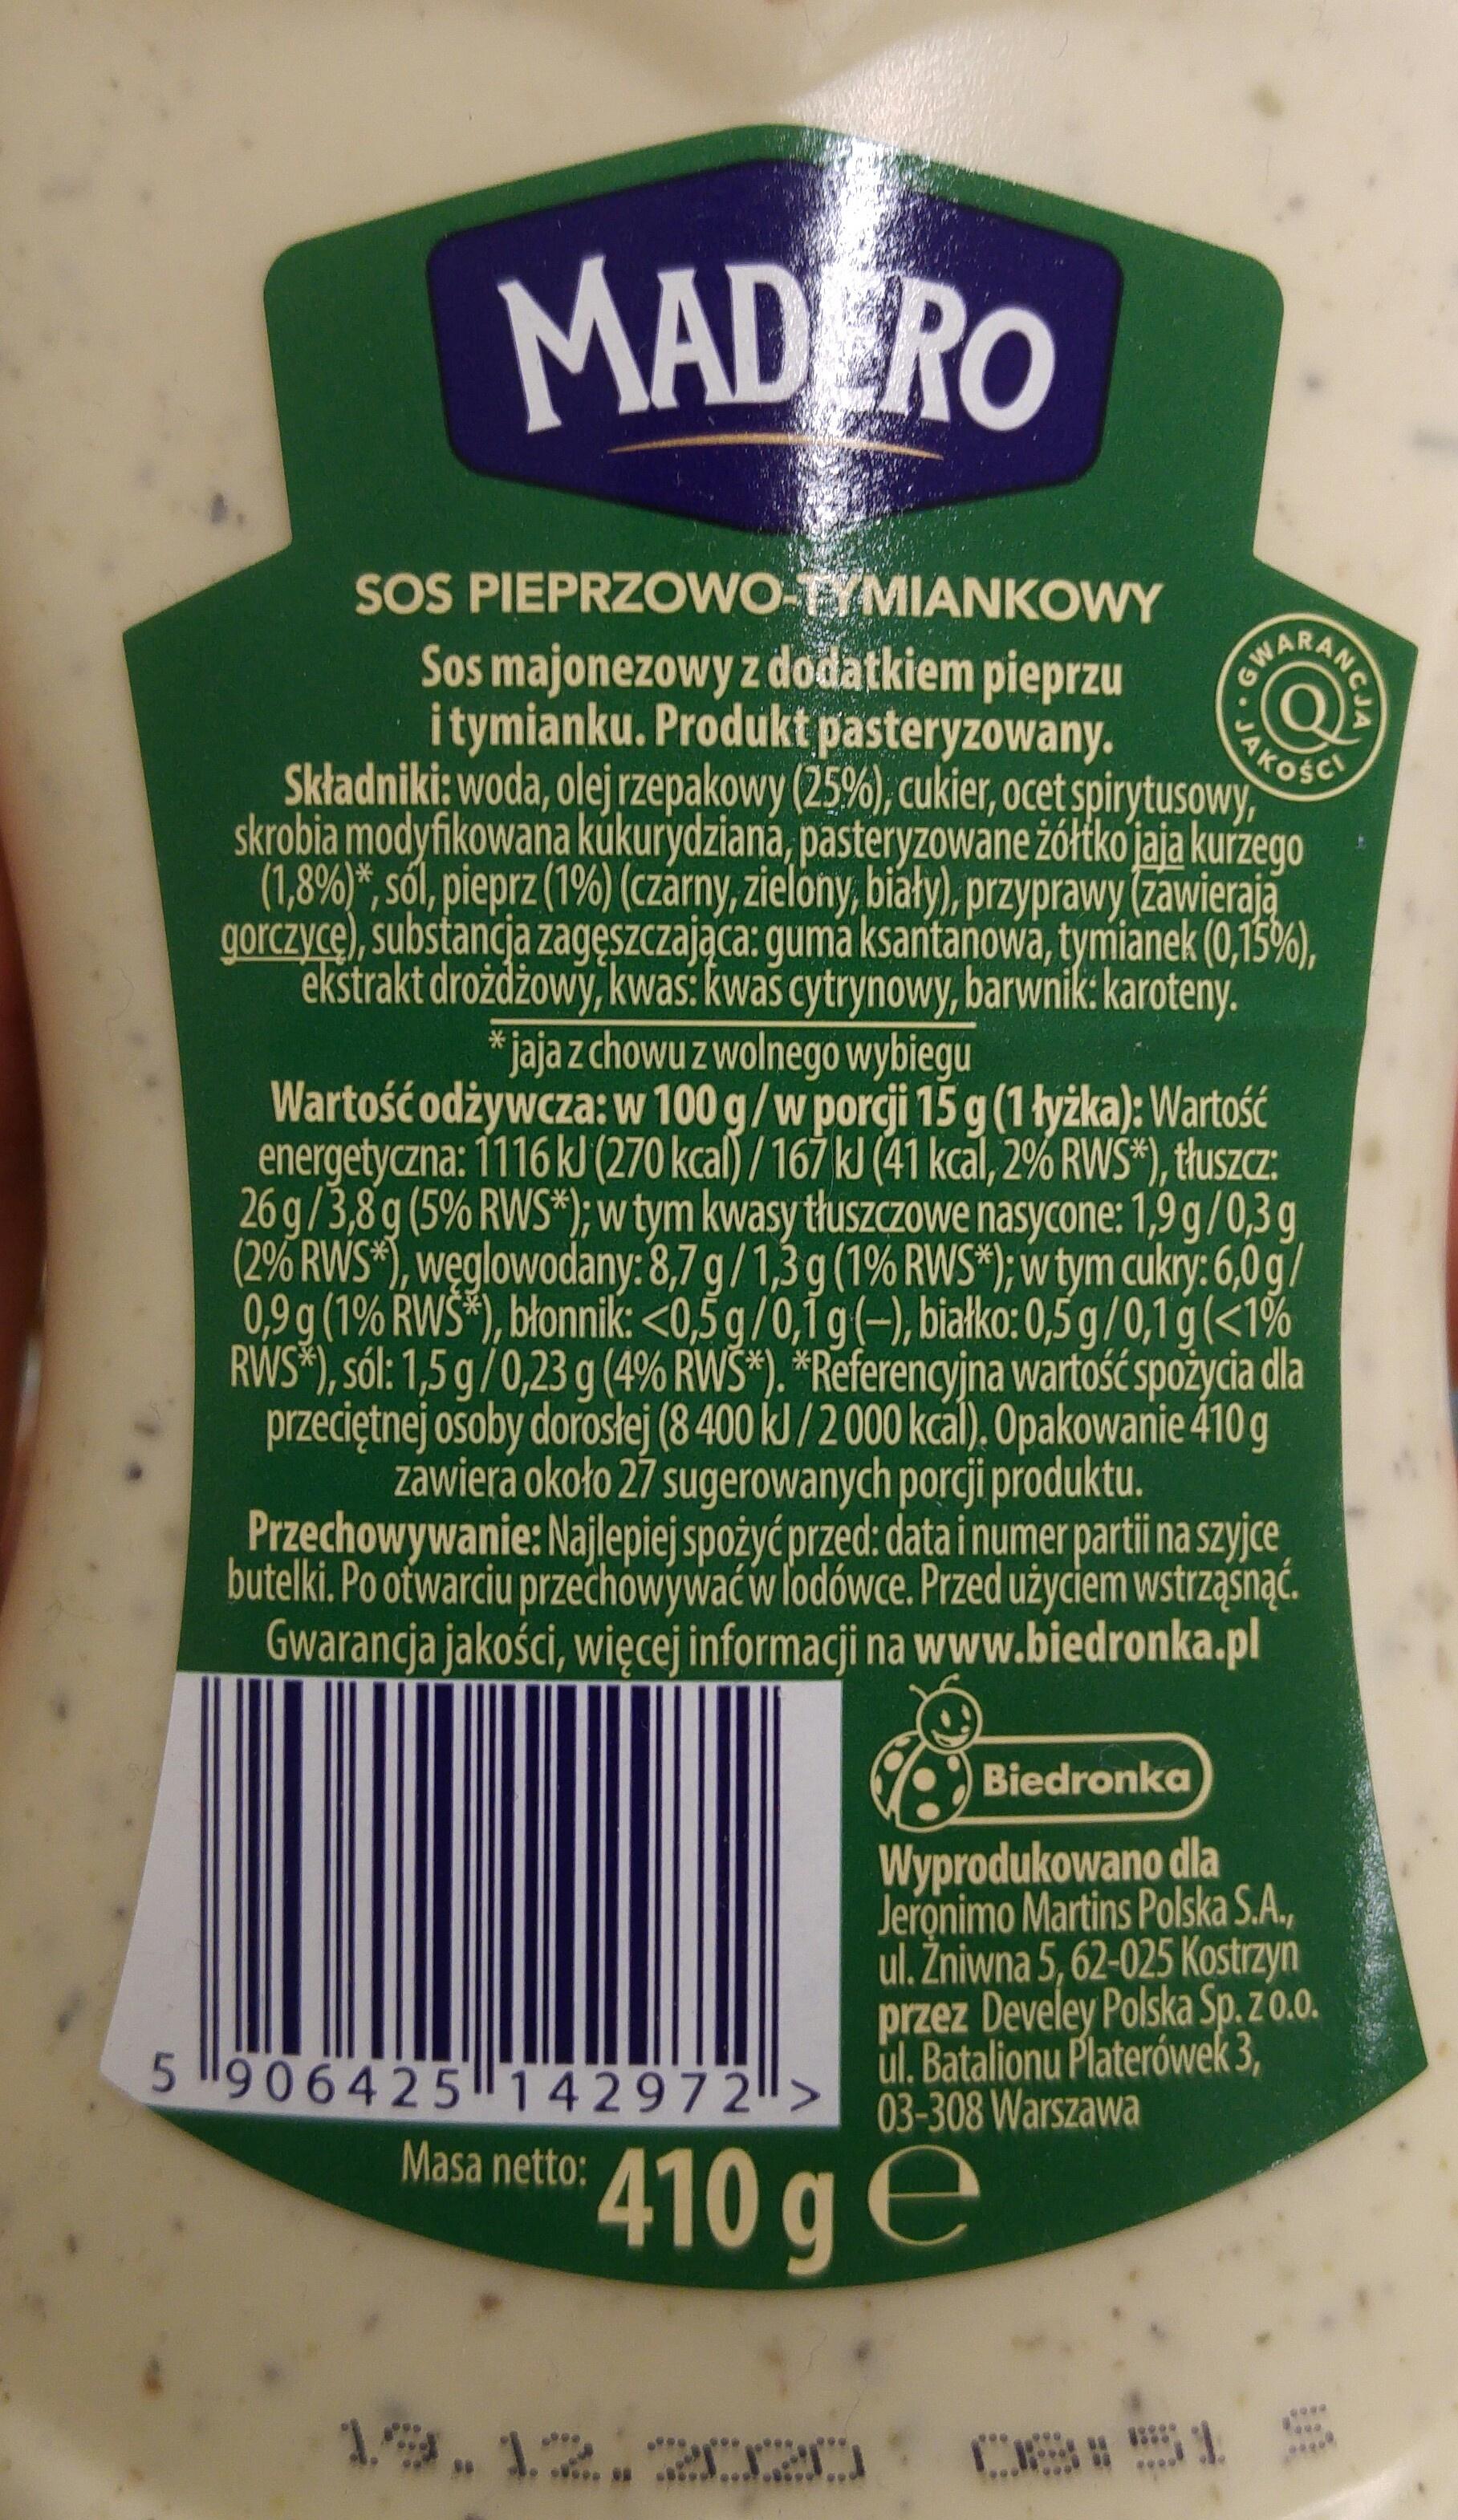
MADERO SOS PIEPRZOWO-TYMIANKOWY Sos majonezowy z dodatkiem pieprzu i tymianku. Produkt pasteryzowany. Składniki: woda, olej rzepakowy (25%), cukier, ocet spirytusowy, skrobia modyfikowana kúkurydziana, pasteryzowane żółtko jaja kurzego (1,8%)*, sól, pieprz (1%) (czárny, zielóny, biały), przyprawy (zawieraja gorczyce), substancja zagęszczająca: guma ksantanowa, tymianek (0,15%), ekstrakt droždżowy, kwas: kwas cytrynowy, barwnik:karoteny. * jaja z chowu z wolnego wybiegu Wartość odżywcza: w 100 g/w porcji 15 g (1 łyżka): Wartość energetyczna: 1116 kJ (270 kcal) / 167 kJ (41 kcal, 2% RWS*), tłuszcz: 26 g/3,8 g (5% RWS*); w tym kwasy tłuszczowe nasycone: 1,9 g/0,3 g (2% RWS*), węglowodany: 8,7 g/1,3 g (1% RWS*); w tym cukry: 6,0 g/ 0,9 g (1% RWS*), błonnik: <0,5 g /0,1 g(-), białko: 0,5 g /0,1 g (<1% RWS*), sól: 1,5 g/ 0,23 g (4% RWŠ*). *Referencyjna wartość spożycia dla przeciętnej osoby dorosłej (8 400 kJ / 2 000 kcal). Opakowanie 410 g zawiera około 27 sugerowanych porcji produktu. Przechowywanie: Najlepiej spożyć przed: data i numer partii na szyjce butelki. Po otwarciu przechowywaćw lodówce. Przed użyciem wstrząśnąć. Gwarancja jakości, więcej informacji na www.biedronka.pl SOARANO KOSCI Biedronka Wyprodukowano dla Jeronimo Martins Polska S.A., ul. Žniwna 5, 62-025 Kostrzyn przez Develey Polska Sp. z o.o. ul. Batalionu Platerówek 3, 5 906425142972> 03-308 Warszawa Masa netto: 410 g e 08:51 JA